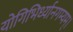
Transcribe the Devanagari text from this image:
योगिभिर्ध्यानगम्यम्।